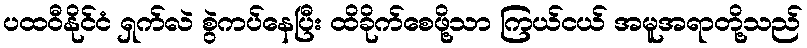
ပထဝီနိုင်ငံ ရှက်လဲ စွဲကပ်နေပြီး ထိခိုက်စေဖို့သာ ကြယ်ငယ် အမူအရာတို့သည်